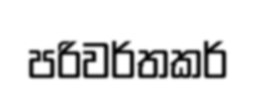
පරිවර්තකර්